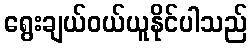
ရွေးချယ်ဝယ်ယူနိုင်ပါသည်